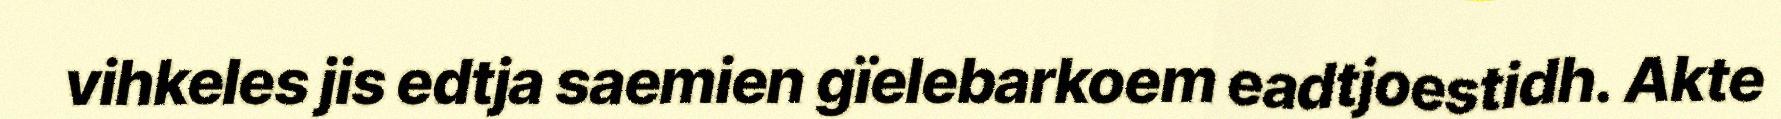
vihkeles jis edtja saemien gïelebarkoem eadtjoestidh. Akte